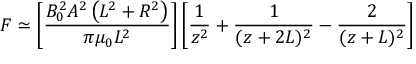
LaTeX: F \simeq \left[ { \frac { B _ { 0 } ^ { 2 } A ^ { 2 } \left( L ^ { 2 } + R ^ { 2 } \right) } { \pi \mu _ { 0 } L ^ { 2 } } } \right] \left[ { \frac { 1 } { z ^ { 2 } } } + { \frac { 1 } { ( z + 2 L ) ^ { 2 } } } - { \frac { 2 } { ( z + L ) ^ { 2 } } } \right]